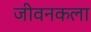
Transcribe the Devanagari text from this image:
जीवनकला